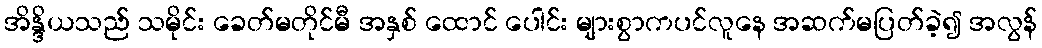
အိန္ဒိယသည် သမိုင်း ခေတ်မတိုင်မီ အနှစ် ထောင် ပေါင်း များစွာကပင်လူနေ အဆက်မပြတ်ခဲ့၍ အလွန်